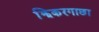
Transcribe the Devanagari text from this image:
झिकरगाछा